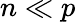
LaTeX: n\ll p